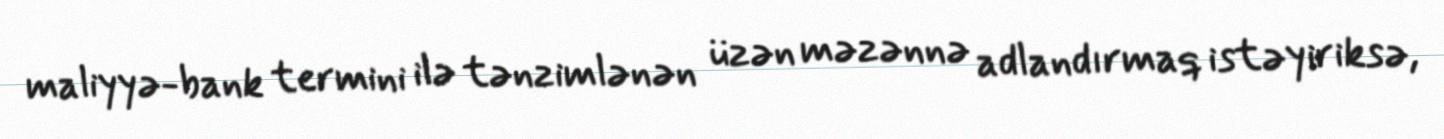
maliyyə-bank termini ilə tənzimlənən üzən məzənnə adlandırmaq istəyiriksə,